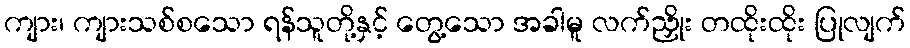
ကျား၊ ကျားသစ်စသော ရန်သူတို့နှင့် တွေ့သော အခါမူ လက်ညှိုး တထိုးထိုး ပြုလျက်